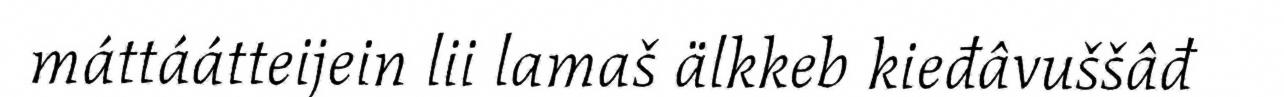
máttáátteijein lii lamaš älkkeb kieđâvuššâđ